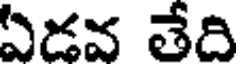
ఏడవ తేది